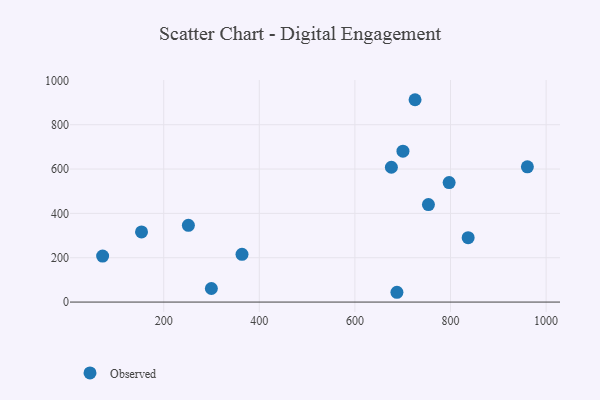
{"axis": {"x": "Experience", "y": "Fuel Efficiency"}, "legend": ["Observed"], "data": [{"x": "299.7", "y": 61.3, "type": "Observed"}, {"x": "700.5", "y": 680.6, "type": "Observed"}, {"x": "676.3", "y": 608.2, "type": "Observed"}, {"x": "725.8", "y": 912.7, "type": "Observed"}, {"x": "72.2", "y": 207.4, "type": "Observed"}, {"x": "251.6", "y": 346.0, "type": "Observed"}, {"x": "363.8", "y": 215.5, "type": "Observed"}, {"x": "836.9", "y": 290.6, "type": "Observed"}, {"x": "753.8", "y": 439.6, "type": "Observed"}, {"x": "797.1", "y": 539.1, "type": "Observed"}, {"x": "687.9", "y": 44.2, "type": "Observed"}, {"x": "153.6", "y": 316.6, "type": "Observed"}, {"x": "960.8", "y": 610.0, "type": "Observed"}]}